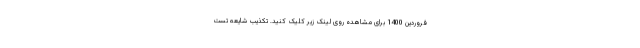
فروردین 1400 برای مشاهده روی لینک زیر کلیک کنید. تکذیب شایعه تست